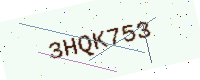
Text: 3HQK753